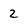
Character: 2